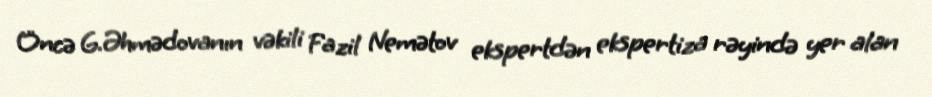
Öncə G.Əhmədovanın vəkili Fazil Nemətov ekspertdən ekspertiza rəyində yer alan